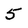
Character: 5